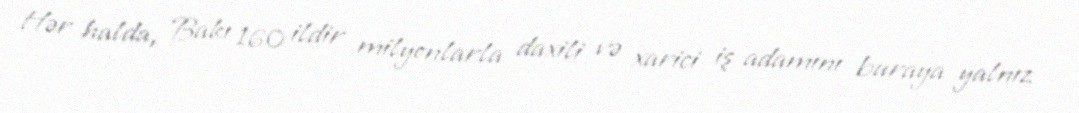
Hər halda, Bakı 160 ildir milyonlarla daxili və xarici iş adamını buraya yalnız